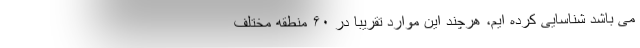
می باشد شناسایی کرده ایم، هرچند این موارد تقریبا در ۶۰ منطقه مختلف